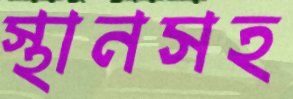
স্থানসহ